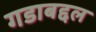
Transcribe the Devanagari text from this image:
गडाबद्दल